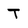
Character: T